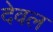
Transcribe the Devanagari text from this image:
देवल